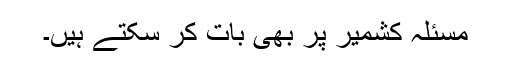
مسئلہ کشمیر پر بھی بات کر سکتے ہیں۔